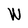
Character: W